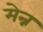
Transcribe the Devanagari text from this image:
मेन्न